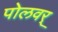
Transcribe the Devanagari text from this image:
पोलवर्